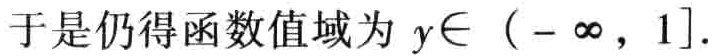
于是仍得函数值域为 \(y\in (-\infty, 1]\).